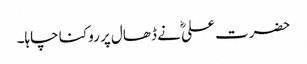
حضرت علیؓ نے ڈھال پر روکنا چاہا۔